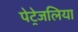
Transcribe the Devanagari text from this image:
पेट्रेजलिया